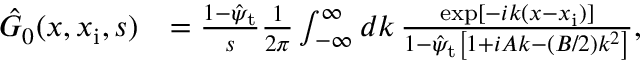
\begin{array} { r l } { \hat { G } _ { 0 } ( x , x _ { \mathrm { i } } , s ) } & { = \frac { 1 - \hat { \psi } _ { \mathrm { t } } } { s } \frac { 1 } { 2 \pi } \int _ { - \infty } ^ { \infty } d k \, \frac { \exp [ - i k ( x - x _ { \mathrm { i } } ) ] } { 1 - \hat { \psi } _ { \mathrm { t } } \left[ 1 + i A k - ( B / 2 ) k ^ { 2 } \right] } , } \end{array}